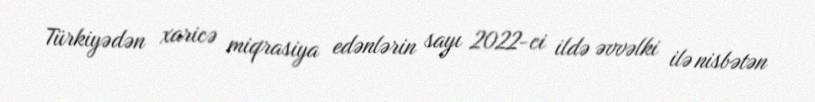
Türkiyədən xaricə miqrasiya edənlərin sayı 2022-ci ildə əvvəlki ilə nisbətən